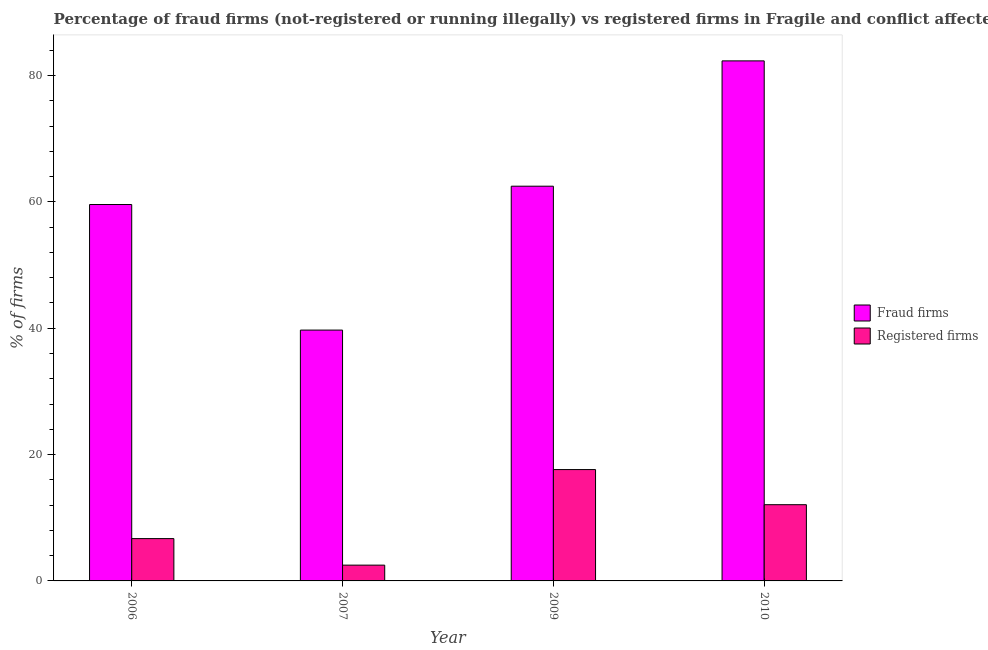
| Year | Fraud firms | Registered firms |
 | --- | --- | --- |
 | 2006 | 59.6 | 6.7 |
 | 2007 | 39.7 | 2.5 |
 | 2009 | 62.5 | 17.6 |
 | 2010 | 82.3 | 12.1 |